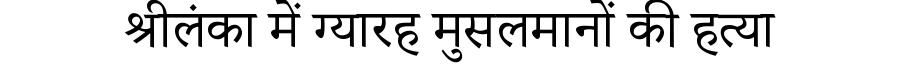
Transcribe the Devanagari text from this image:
श्रीलंका में ग्यारह मुसलमानों की हत्या